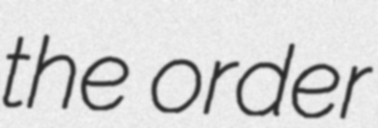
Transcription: the order